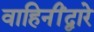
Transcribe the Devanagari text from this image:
वाहिनींद्वारे